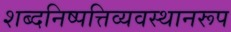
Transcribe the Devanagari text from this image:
शब्दनिष्पत्तिव्यवस्थानरूप